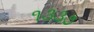
૧૩૩૭